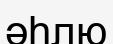
әһлю